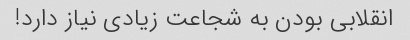
انقلابی بودن به شجاعت زیادی نیاز دارد!